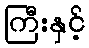
ကြီးနှင့်